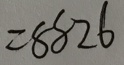
= 8 8 2 6